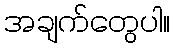
အချက်တွေပါ။